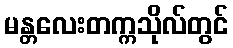
မန္တလေးတက္ကသိုလ်တွင်